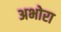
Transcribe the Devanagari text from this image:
अभोरा